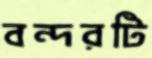
বন্দরটি